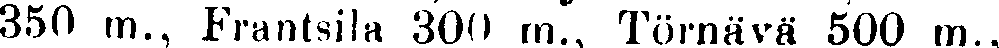
350 m., Frantsila 300 m., Törnävä 500 m.,